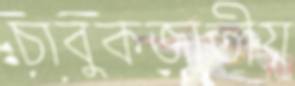
চাবুকজাতীয়